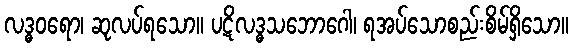
လဒ္ဓဝရော၊ ဆုလပ်ရသော။ ပဋိလဒ္ဓသဘောဂေါ၊ ရအပ်သောစည်းစိမ်ရှိသော။